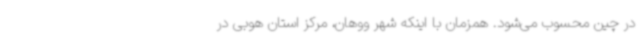
در چین محسوب می‌شود. همزمان با اینکه شهر ووهان، مرکز استان هوبی در